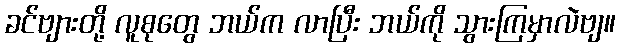
ခင်ဗျားတို့ လူစုတွေ ဘယ်က လာပြီး ဘယ်ကို သွားကြမှာလဲဗျ။